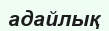
адайлық